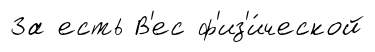
За есть В'ес ф'из'и́ческой